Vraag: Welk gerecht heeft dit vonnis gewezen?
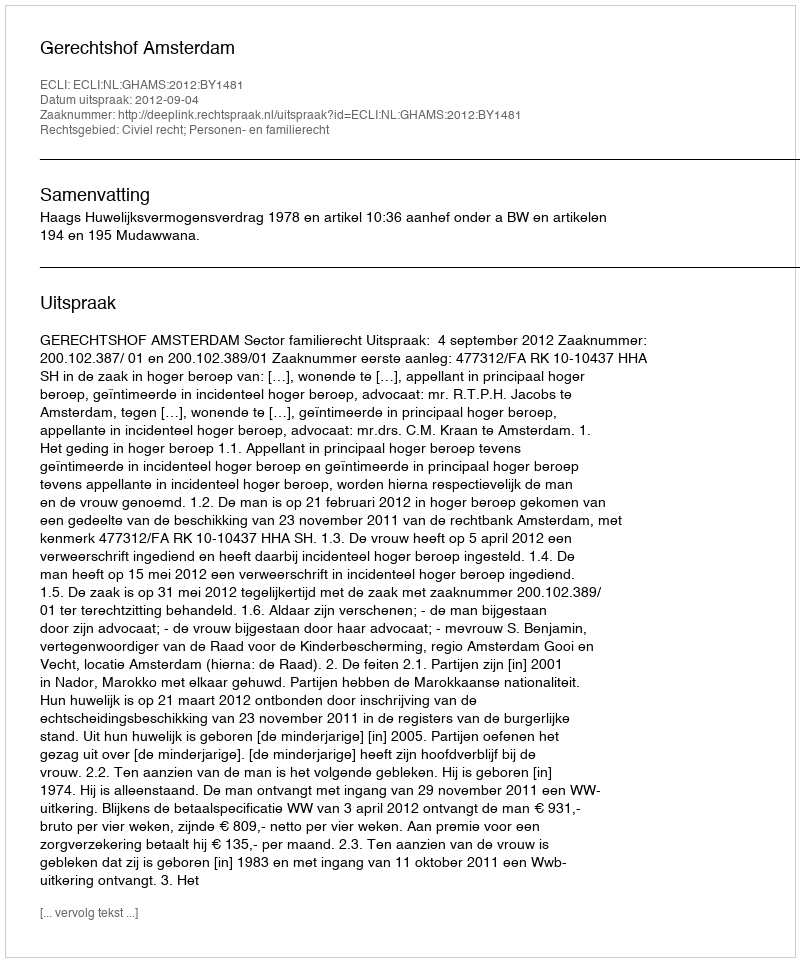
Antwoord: Gerechtshof Amsterdam